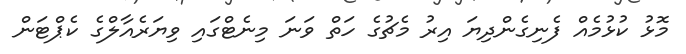
މޮޅު ކުޅުމެއް ފެނިގެންދިޔަ އިރު މެޗުގެ ހަތް ވަނަ މިނެޓްގައި ވިޔަރެއާލްގެ ކެޕްޓަން